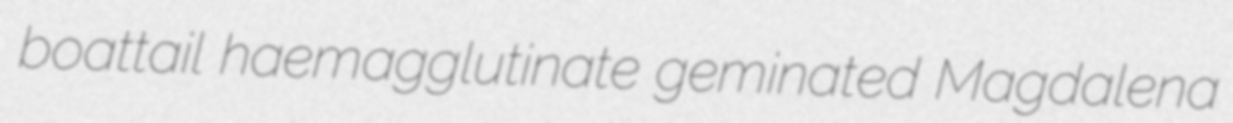
boattail haemagglutinate geminated Magdalena